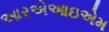
આરએઆઇએમ